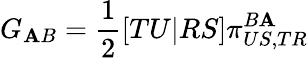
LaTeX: G_{\mathbf{A}B}=\frac{{1}}{{2}}\left[TU|RS\right]\pi_{US,TR}^{B\mathbf{A}}